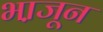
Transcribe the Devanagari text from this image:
भा़जून